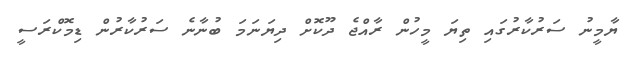
ޔާމީނު ސަރުކާރުގައި ތިޔަ މީހުން ރާއްޖެ ދޫކޮށް ދިޔަނަމަ ބުނާނެ ސަރުކާރުން ޑިމޮކްރަސީ